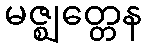
မဇ္ဈတ္တေန